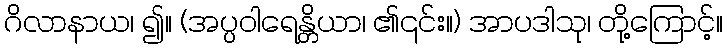
ဂိလာနာယ၊ ၍။ (အပ္ပဝါရေန္တိယာ၊ ၏၎င်း။) အာပဒါသု၊ တို့ကြောင့်။